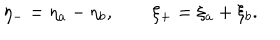
\eta _ { - } = \eta _ { a } - \eta _ { b } , \qquad \xi _ { + } = \xi _ { a } + \xi _ { b } .